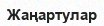
Жаңартулар